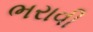
ભરાવી